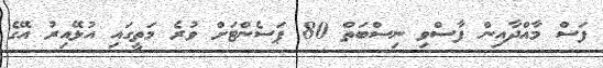
ފަސް މާއްދާއިން ފާސްވި ނިސްބަތް 80 ޕަސެންޓަށް ވުރެ މަތީގައި އުޅޭއިރު އޭގެ